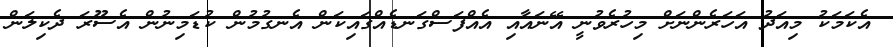
އެކަމަކު މިއަދު އަހަރެންނަށް މިހުރެވުނީ އޭނައާއި އެއްފަސްގަނޑެއްގައިކަން އެނގުމުން ކުޑަމިނުން އެސޫރަ ދެކިލަން